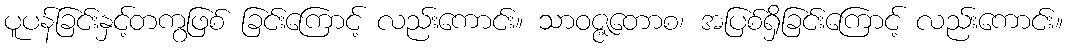
ပူပန်ခြင်းနှင့်တကွဖြစ် ခြင်းကြောင့် လည်းကောင်း။ သာဝဇ္ဇတောစ၊ အပြစ်ရှိခြင်းကြောင့် လည်းကောင်း။